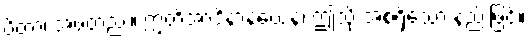
ပိတာ၊ အဖတည်း။ ဣတိအာဒိနာနယေန၊ ဤသို့ အစရှိသော နည်းဖြင့်။